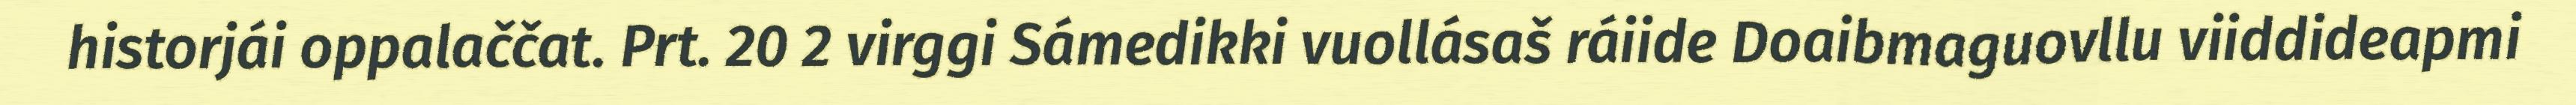
historjái oppalaččat. Prt. 20 2 virggi Sámedikki vuollásaš ráiide Doaibmaguovllu viiddideapmi